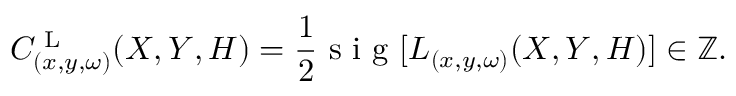
C _ { ( x , y , \omega ) } ^ { \textrm { L } } ( X , Y , H ) = \frac { 1 } { 2 } \textrm { s i g } [ L _ { ( x , y , \omega ) } ( X , Y , H ) ] \in \mathbb { Z } .